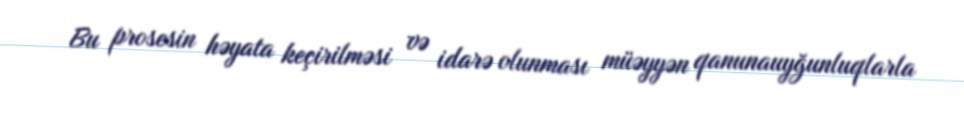
Bu prosesin həyata keçirilməsi və idarə olunması müəyyən qanunauyğunluqlarla